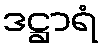
ဒဋ္ဌာရံ